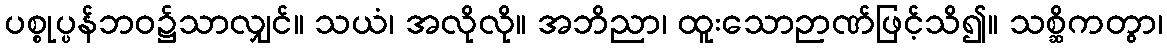
ပစ္စုပ္ပန်ဘဝ၌သာလျှင်။ သယံ၊ အလိုလို။ အဘိညာ၊ ထူးသောဉာဏ်ဖြင့်သိ၍။ သစ္ဆိကတွာ၊